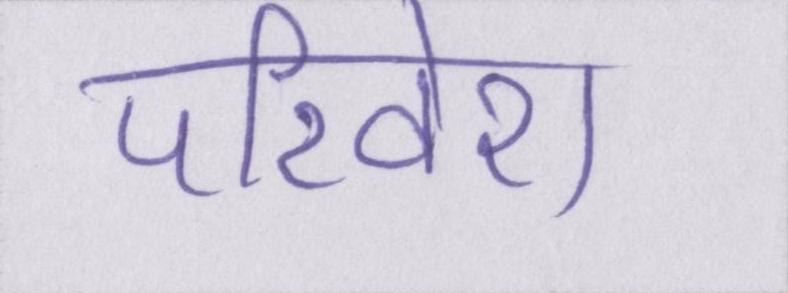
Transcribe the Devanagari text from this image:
परिवेश